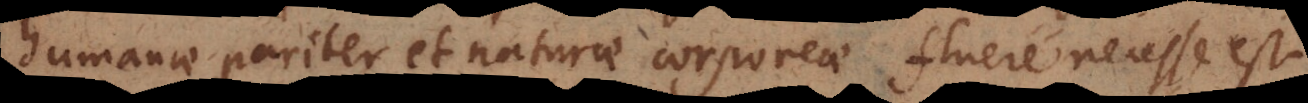
humanae pariter et naturae corporeae fluere necesse est.